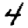
Digit: 4